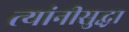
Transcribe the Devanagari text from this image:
त्यांनीसुद्धा